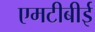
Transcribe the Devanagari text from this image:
एमटीबीई